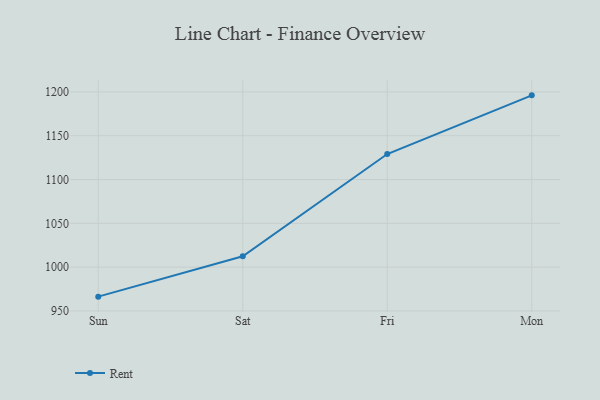
{"axis": {"x": "Day", "y": "Latency (ms)"}, "legend": ["Rent"], "data": [{"x": "Sun", "y": 966.3, "type": "Rent"}, {"x": "Sat", "y": 1012.4, "type": "Rent"}, {"x": "Fri", "y": 1129.1, "type": "Rent"}, {"x": "Mon", "y": 1196.1, "type": "Rent"}]}